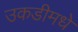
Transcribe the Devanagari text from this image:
उकडीमधे